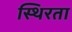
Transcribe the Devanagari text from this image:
स्थिरता